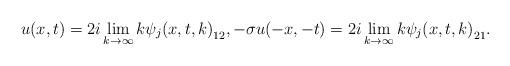
LaTeX: \begin{align*} u(x,t)=2i\lim_{k\rightarrow\infty}{k\psi_j(x,t,k)}_{12}, -\sigma u(-x,-t)=2i\lim_{k\rightarrow\infty}{k\psi_j(x,t,k)}_{21}. \end{align*}